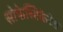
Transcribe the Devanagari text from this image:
सोफेस्टिकेटेड